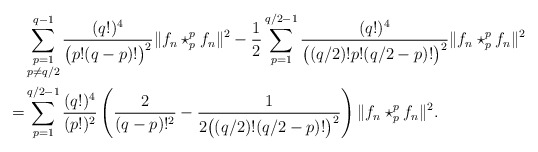
\begin{align*}&\sum_{\substack{p=1 \\ p\neq q/2}}^{q-1} \frac{(q!)^4}{\big(p! (q - p)! \big)^2} \| f_n \star_p^p f_n \|^2 - \frac12 \sum_{p=1}^{q/2-1} \frac{(q!)^4}{\big((q/2)! p!(q/2-p)!\big)^2}\|f_n\star_p^p f_n \|^2 \\=& \sum_{p=1}^{q/2 - 1} \frac{(q!)^4}{(p!)^2}\left(\frac{2}{(q-p)!^2} - \frac{1}{2\big((q/2)!(q/2 - p)!\big)^2} \right) \|f_n\star_p^p f_n \|^2.\end{align*}